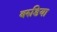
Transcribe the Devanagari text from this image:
बरुडिया